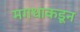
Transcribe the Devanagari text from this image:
मगधाकडून